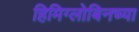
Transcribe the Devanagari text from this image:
हिमिग्लोबिनच्या